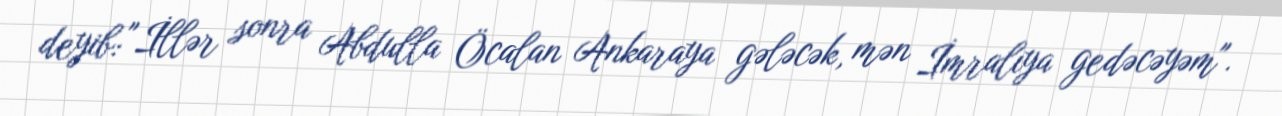
deyib: "İllər sonra Abdulla Öcalan Ankaraya gələcək, mən İmralıya gedəcəyəm".